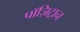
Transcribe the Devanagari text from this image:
पॉज़िट्रान